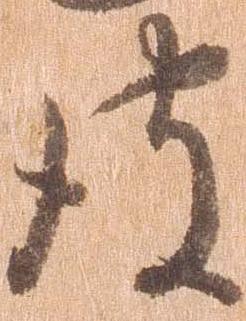
彼